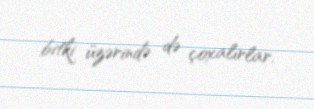
bitki üzərində də çoxalırlar.